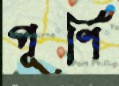
পূর্ণি